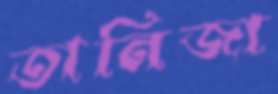
তানিজা